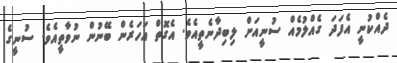
ދެއްކުނީ އެފަދަ ގެއްލުމެއް ސުނީއަށް ލިބިދާނެތީއެވެ. އެގޮތް އަހަރެން ބޭނުން ނުވާތީއެވެ. ސުނީގެ